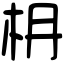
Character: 𣏵